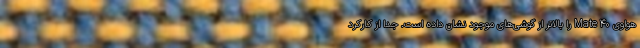
هواوی Mate 40 را بالاتر از گوشی‌های موجود نشان داده است. جدا از کارکرد